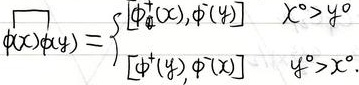
\[
\phi(x)\phi(y)=
\begin{cases}
[\phi^+(x),\phi^-(y)] & x^0>y^0 \\
[\phi^+(y),\phi^-(x)] & y^0>x^0
\end{cases}
\]